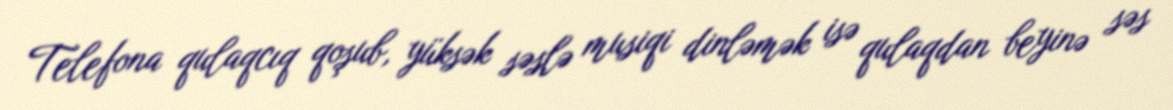
Telefona qulaqcıq qoşub, yüksək səslə musiqi dinləmək isə qulaqdan beyinə səs